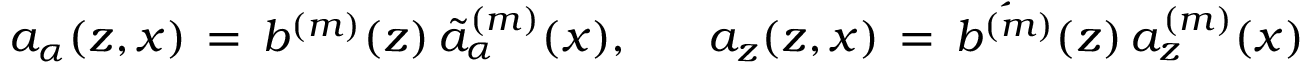
a _ { \alpha } ( z , x ) \, = \, b ^ { ( m ) } ( z ) \, \tilde { a } _ { \alpha } ^ { ( m ) } ( x ) , ~ ~ ~ ~ ~ a _ { z } ( z , x ) \, = \, \acute { b ^ { ( m ) } } ( z ) \, a _ { z } ^ { ( m ) } ( x )